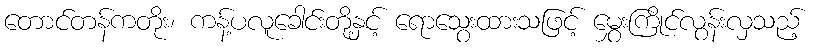
တောင်တန်ကတိုး၊ ကန့်ပလူခေါင်းတို့နှင့် ရောသွေးထားသဖြင့် မွှေးကြိုင်လွန်းလှသည့်